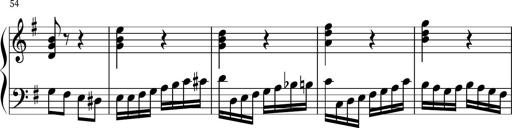
Title: Keyboard Sonatina in G
Composer: Michael Pogudin
Key: G major